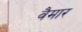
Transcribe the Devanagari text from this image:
वैमार